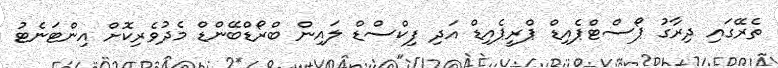
ތެރޭގައި ދިރާގު ޕޯސްޓްޕެއިޑް ޕްރީޕެއިޑް އަދި ފިކްސްޑް ލައިން ބްރޯޑްބޭންޑް މެދުވެރިކޮށް އިންޓަނެޓު